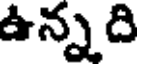
ఉన్న ది